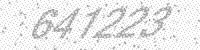
Solution: 641223